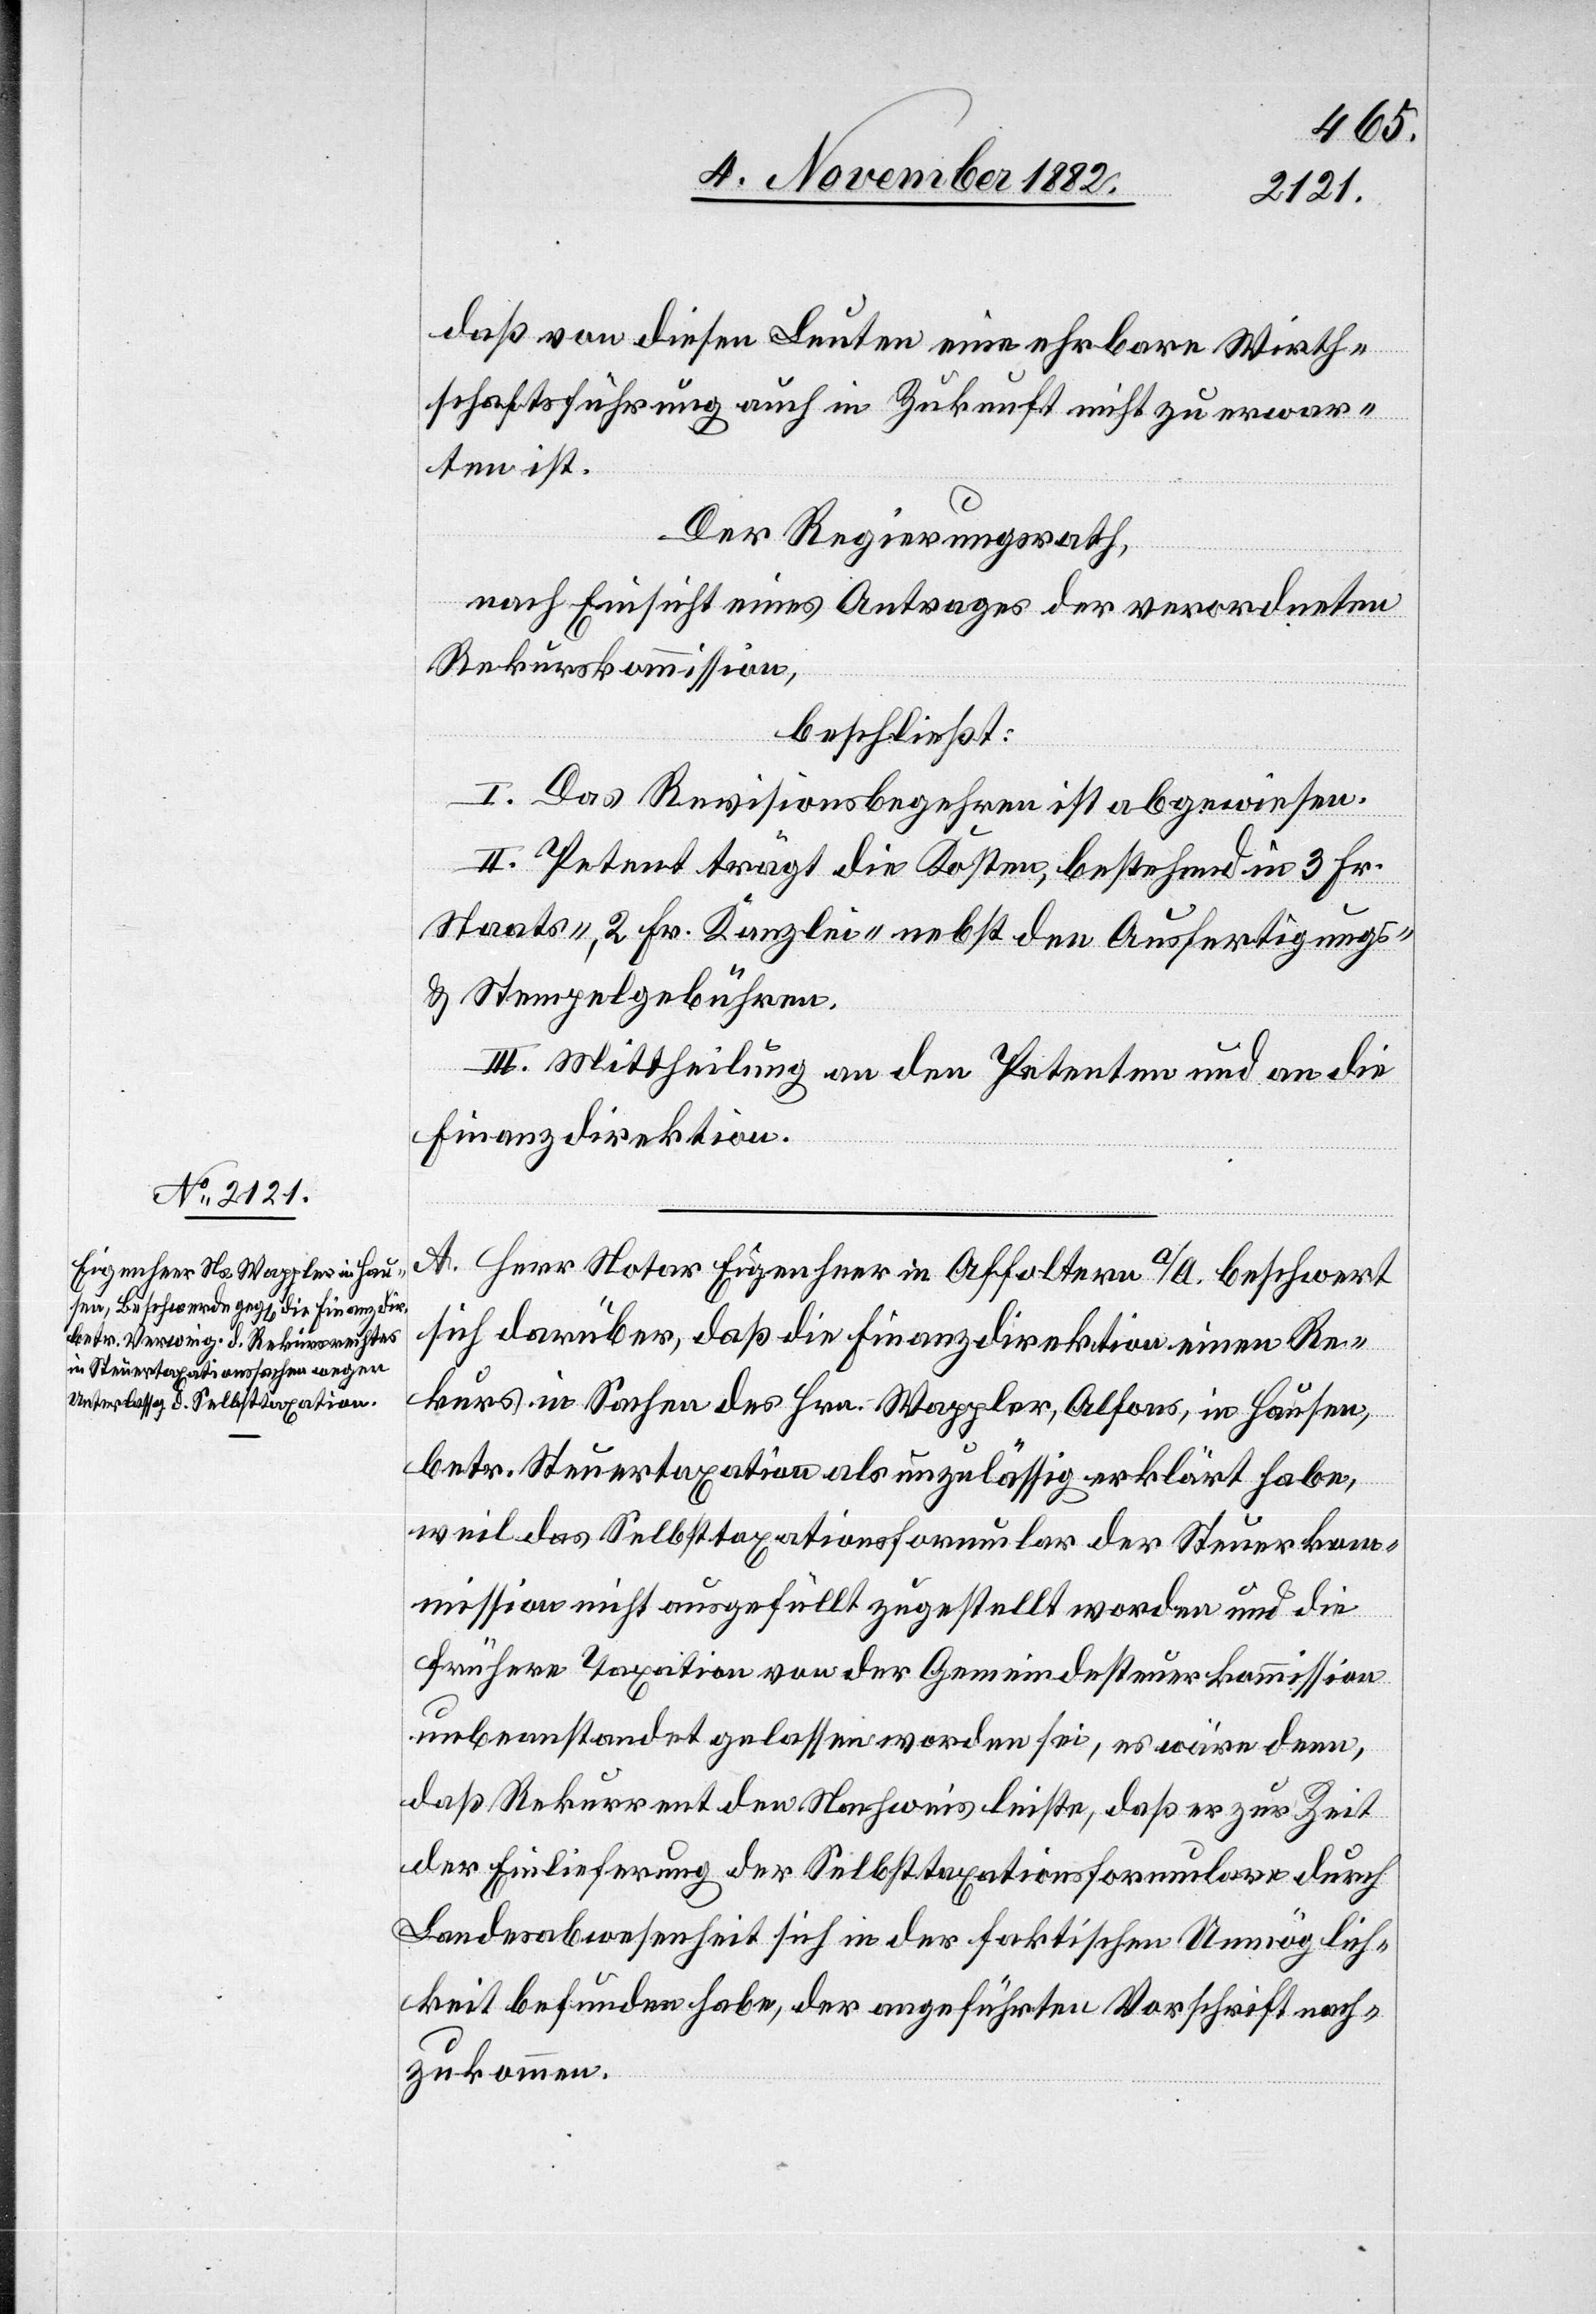
daß von diesen Leuten eine ehrbare Wirth¬
schaftsführung auch in Zukunft nicht zu erwar¬
ten ist.
Der Regierungsrath,
nach Einsicht eines Antrages der verordneten
Rekurskommission,
beschließt:
I. Das Revisionsbegehren ist abgewiesen.
II. Petent trägt die Kosten, bestehend in 3 Fr.
Staats-, 2 Fr. Kanzlei- nebst den Ausfertigungs-
& Stempelgebühren.
III. Mittheilung an den Petenten und an die
Finanzdirektion.
A. Herr Notar Eigenheer in Affoltern a/A. beschwert
sich darüber, daß die Finanzdirektion einen Re¬
kurs in Sachen des Hrn. Wappler, Alfons, in Hausen,
betr. Steuertaxation als unzulässig erklärt habe,
weil das Selbsttaxationsformular der Steuerkom¬
mission nicht ausgefüllt zugestellt worden und die
frühere Taxation von der Gemeindesteuerkommission
unbeanstandet gelassen worden sei, es wäre denn,
daß Rekurrent den Nachweis leiste, daß er zur Zeit
der Einlieferung der Selbsttaxationsformulare durch
Landesabwesenheit sich in der faktischen Unmöglich¬
keit befunden habe, der angeführten Vorschrift nach¬
zukommen.